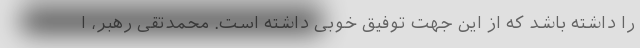
را داشته باشد که از این جهت توفیق خوبی داشته است. محمدتقی رهبر، ا